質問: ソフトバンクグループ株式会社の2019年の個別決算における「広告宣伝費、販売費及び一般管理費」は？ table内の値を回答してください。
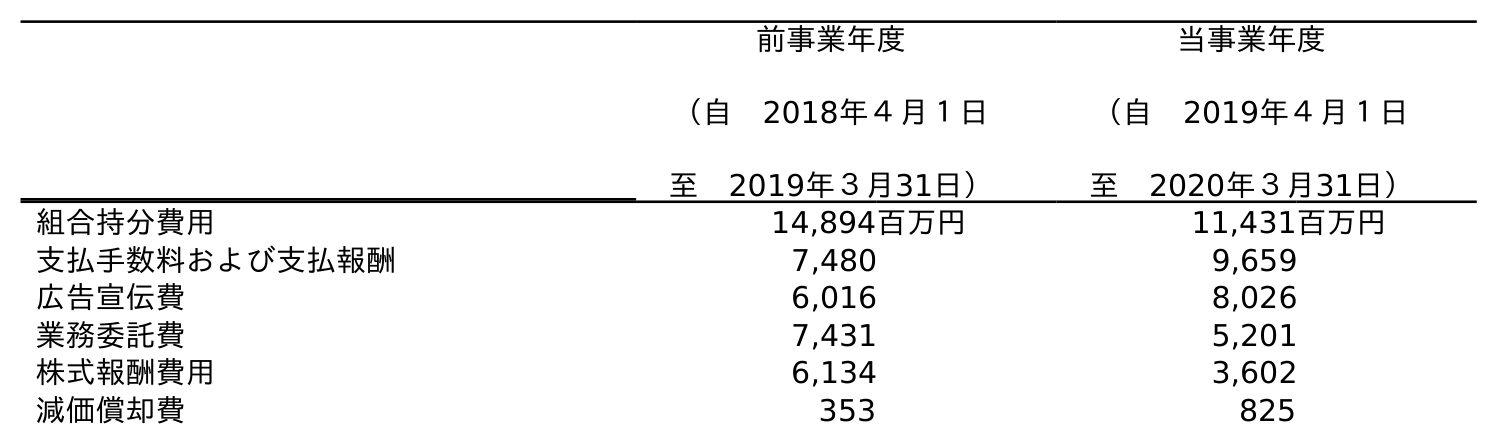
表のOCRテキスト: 前事業年度 （自 2018年４月１日 至 2019年３月31日） 当事業年度 （自 2019年４月１日 至 2020年３月31日） 組合持分費用 14,894百万円 11,431百万円 支払手数料および支払報酬 7,480 9,659 広告宣伝費 6,016 8,026 業務委託費 7,431 5,201 株式報酬費用 6,134 3,602 減価償却費 353 825
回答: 6,016